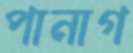
পানাগ